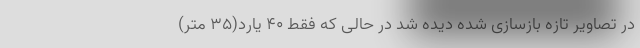
در تصاویر تازه بازسازی شده دیده شد در حالی که فقط ۴۰ یارد(۳۵ متر)